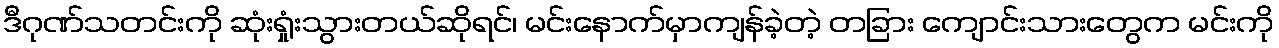
ဒီဂုဏ်သတင်းကို ဆုံးရှုံးသွားတယ်ဆိုရင်၊ မင်းနောက်မှာကျန်ခဲ့တဲ့ တခြား ကျောင်းသားတွေက မင်းကို